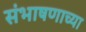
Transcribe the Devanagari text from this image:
संभाषणाच्या